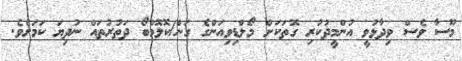
މޫސާ ވެސް ވިދާޅުވީ އުންމީދުކުރި ގޮތަކަށް މޯލްޑިވިއަންގެ ގަން/ކޮލޮމްބޯ ދަތުރުތައް ނުދިޔަ ކަމަށެވެ.